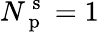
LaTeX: N_{\mathrm{~p~}}^{\mathrm{~s~}}=1